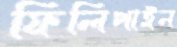
ফিলিপাইন